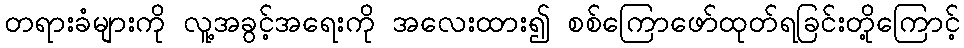
တရားခံများကို လူ့အခွင့်အရေးကို အလေးထား၍ စစ်ကြောဖော်ထုတ်ရခြင်းတို့ကြောင့်